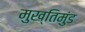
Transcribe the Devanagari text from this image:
मुख्तिमुंड